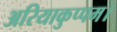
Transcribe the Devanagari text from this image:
अरियाकुप्पम।